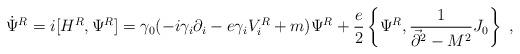
LaTeX: \begin{align*}\dot\Psi^R=i[H^R,\Psi^R]=\gamma_0(-i\gamma_i\partial_i-e\gamma_i V^R_i +m)\Psi^R +{e\over 2}\left\{\Psi^R,{1\over \vec{\partial}^2-M^2}J_0\right\}~,\end{align*}